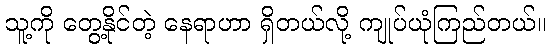
သူ့ကို တွေ့နိုင်တဲ့ နေရာဟာ ရှိတယ်လို့ ကျုပ်ယုံကြည်တယ်။